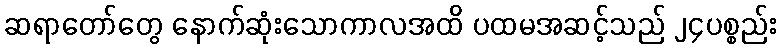
ဆရာတော်တွေ နောက်ဆုံးသောကာလအထိ ပထမအဆင့်သည် ၂၄ပစ္စည်း